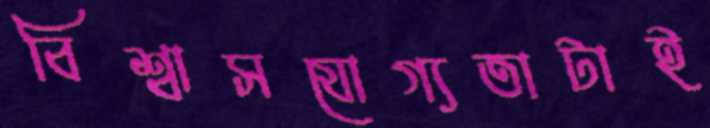
বিশ্বাসযোগ্যতাটাই